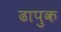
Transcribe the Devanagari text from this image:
ढापुक